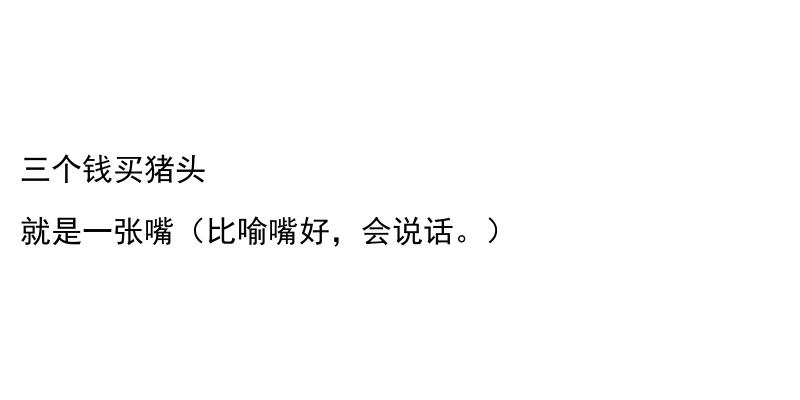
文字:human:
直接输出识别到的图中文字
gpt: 三个钱买猪头 就是一张嘴（比喻嘴好，会说话。）